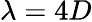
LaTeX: \lambda=4D